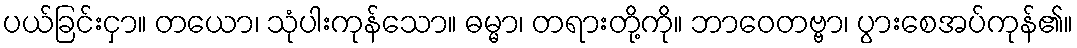
ပယ်ခြင်းငှာ။ တယော၊ သုံပါးကုန်သော။ ဓမ္မာ၊ တရားတို့ကို။ ဘာဝေတဗ္ဗာ၊ ပွားစေအပ်ကုန်၏။